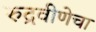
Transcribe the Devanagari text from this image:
रुद्रवीणेचा